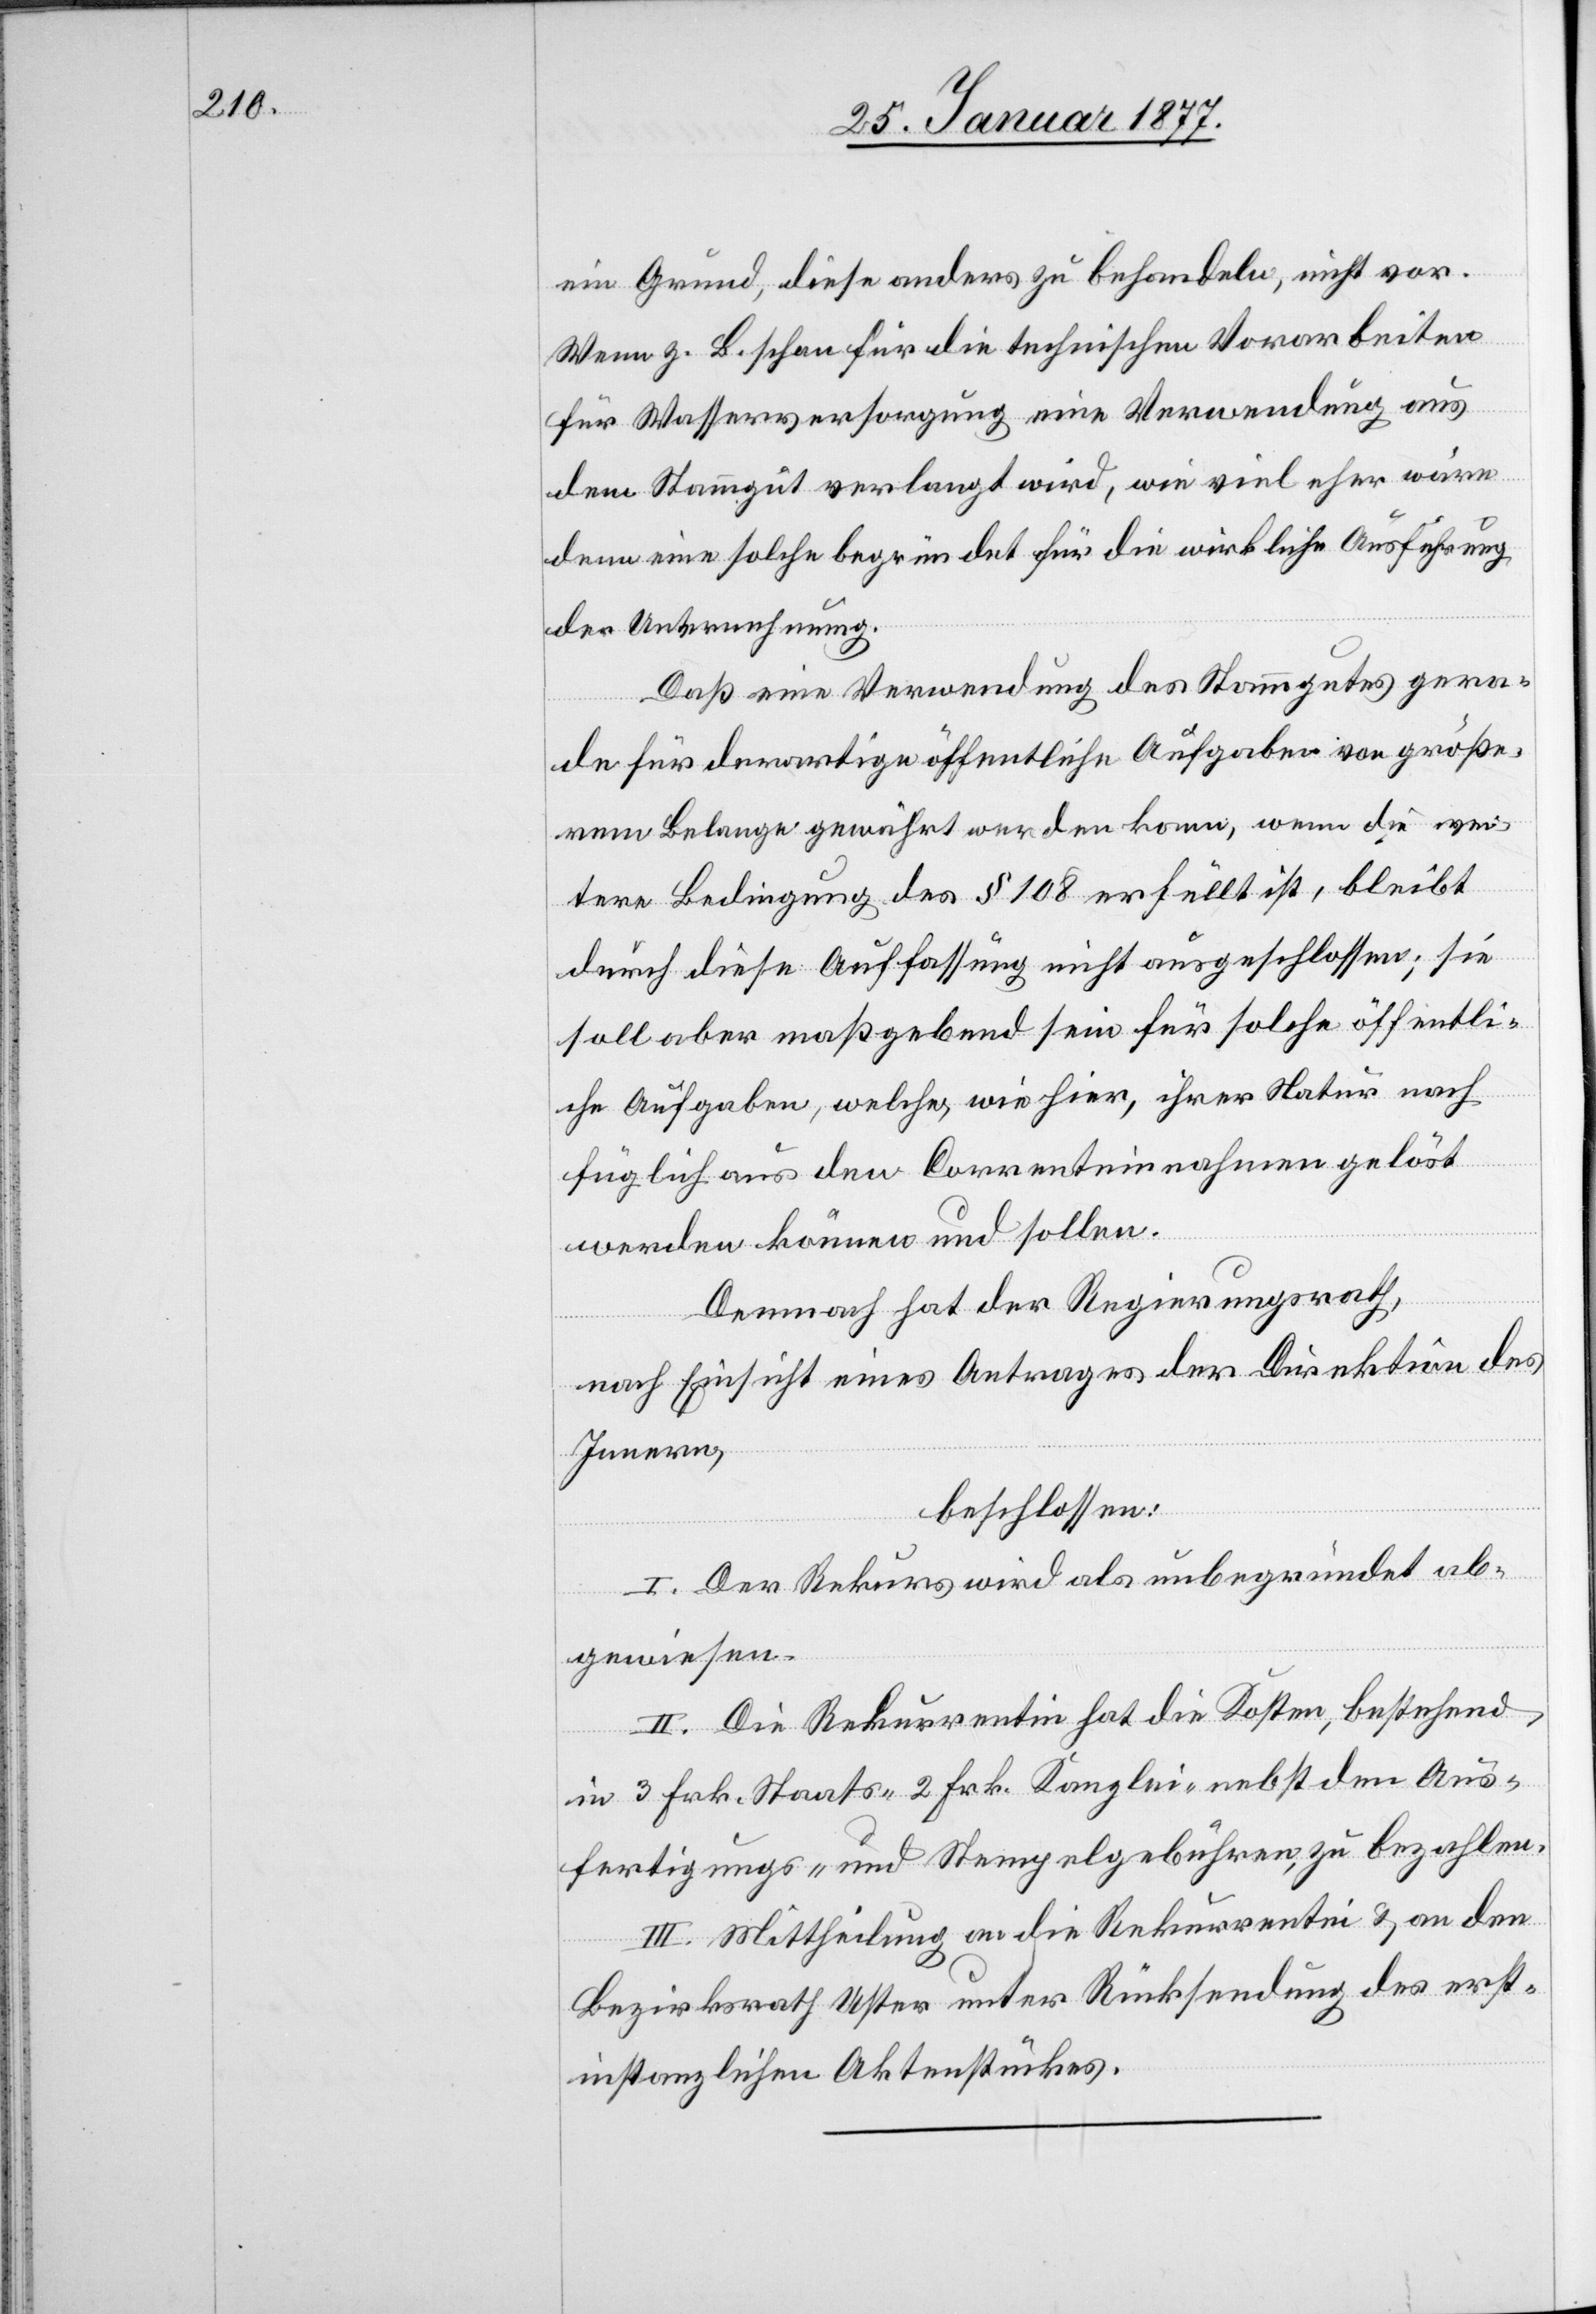
ein Grund, diese anders zu behandeln, nicht vor.
Wenn z. B. schon für die technischen Vorarbeiten
für Wasserversorgung eine Verwendung aus
dem Stammgut verlangt wird, wie viel eher wäre
denn eine solche begründet für die wirkliche Ausführung
der Unternehmung.
Daß eine Verwendung des Stammgutes gera¬
de für derartige öffentliche Aufgaben von größe¬
rem Belange gewährt werden kann, wenn die wei¬
tere Bedingung des § 108 erfüllt ist, bleibt
durch diese Auffassung nicht ausgeschlossen; sie
soll aber maßgebend sein für solche öffentli¬
che Aufgaben, welche, wie hier, ihrer Natur nach
füglich aus den Correnteinnahmen gelöst
werden können und sollen.
Demnach hat der Regierungsrath,
nach Einsicht eines Antrages der Direktion des
Innern,
beschlossen:
I. Der Rekurs wird als unbegründet ab¬
gewiesen.
II. Die Rekurrentin hat die Kosten, bestehend
in 3 Frk. Staats-[,] 2 Frk. Kanzlei- nebst den Aus¬
fertigungs- und Stempelgebühren, zu bezahlen.
III. Mittheilung an die Rekurrentin & an den
Bezirksrath Uster unter Rücksendung des erst¬
instanzlichen Aktenstückes.